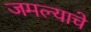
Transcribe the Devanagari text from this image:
जमल्याचे